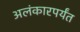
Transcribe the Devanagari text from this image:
अलंकारपर्यंत